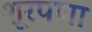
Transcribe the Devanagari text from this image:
शूरपणा